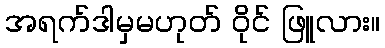
အရက်ဒါမှမဟုတ် ဝိုင် ဖြူလား။